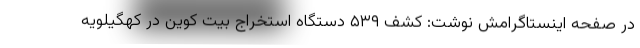
در صفحه اينستاگرامش نوشت: کشف ۵۳۹ دستگاه استخراج بیت کوین در کهگیلویه